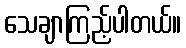
သေချာကြည့်ပါတယ်။